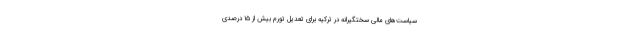
سیاست‌های مالی سختگیرانه در ترکیه برای تعدیل تورم بیش از ۱۵ درصدی